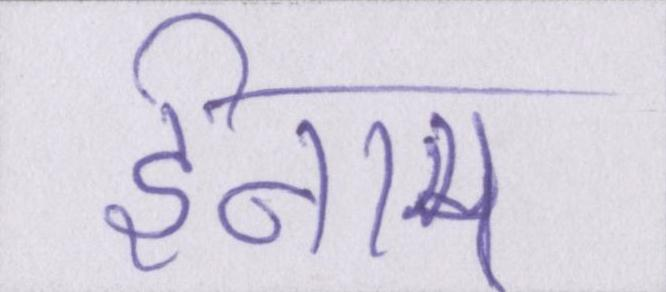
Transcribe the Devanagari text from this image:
ईनाम